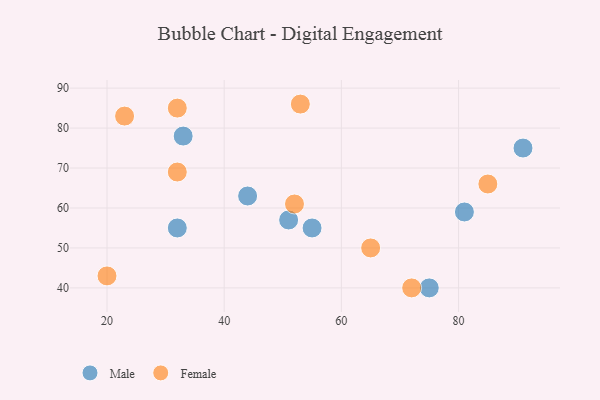
{"axis": {"x": "GDP", "y": "Life Expectancy"}, "legend": ["Female", "Male"], "data": [{"x": "44", "y": 63, "type": "Male"}, {"x": "33", "y": 78, "type": "Male"}, {"x": "75", "y": 40, "type": "Male"}, {"x": "51", "y": 57, "type": "Male"}, {"x": "55", "y": 55, "type": "Male"}, {"x": "81", "y": 59, "type": "Male"}, {"x": "32", "y": 55, "type": "Male"}, {"x": "91", "y": 75, "type": "Male"}, {"x": "52", "y": 61, "type": "Female"}, {"x": "65", "y": 50, "type": "Female"}, {"x": "23", "y": 83, "type": "Female"}, {"x": "32", "y": 85, "type": "Female"}, {"x": "72", "y": 40, "type": "Female"}, {"x": "20", "y": 43, "type": "Female"}, {"x": "53", "y": 86, "type": "Female"}, {"x": "85", "y": 66, "type": "Female"}, {"x": "32", "y": 69, "type": "Female"}]}